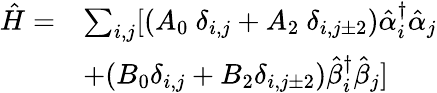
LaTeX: \begin{array}{ll}{\hat{H}=}&{\sum_{i,j}[{(A_{0}\ {\delta}_{i,j}+A_{2}\ {\delta}_{i,j\pm 2})\hat{\alpha}_{i}^{{\dagger}}\hat{\alpha}_{j}}}\\ &{+{(B_{0}{\delta}_{i,j}+B_{2}{\delta}_{i,j\pm 2})\hat{\beta}_{i}^{{\dagger}}\hat{\beta}_{j}}]}\end{array}